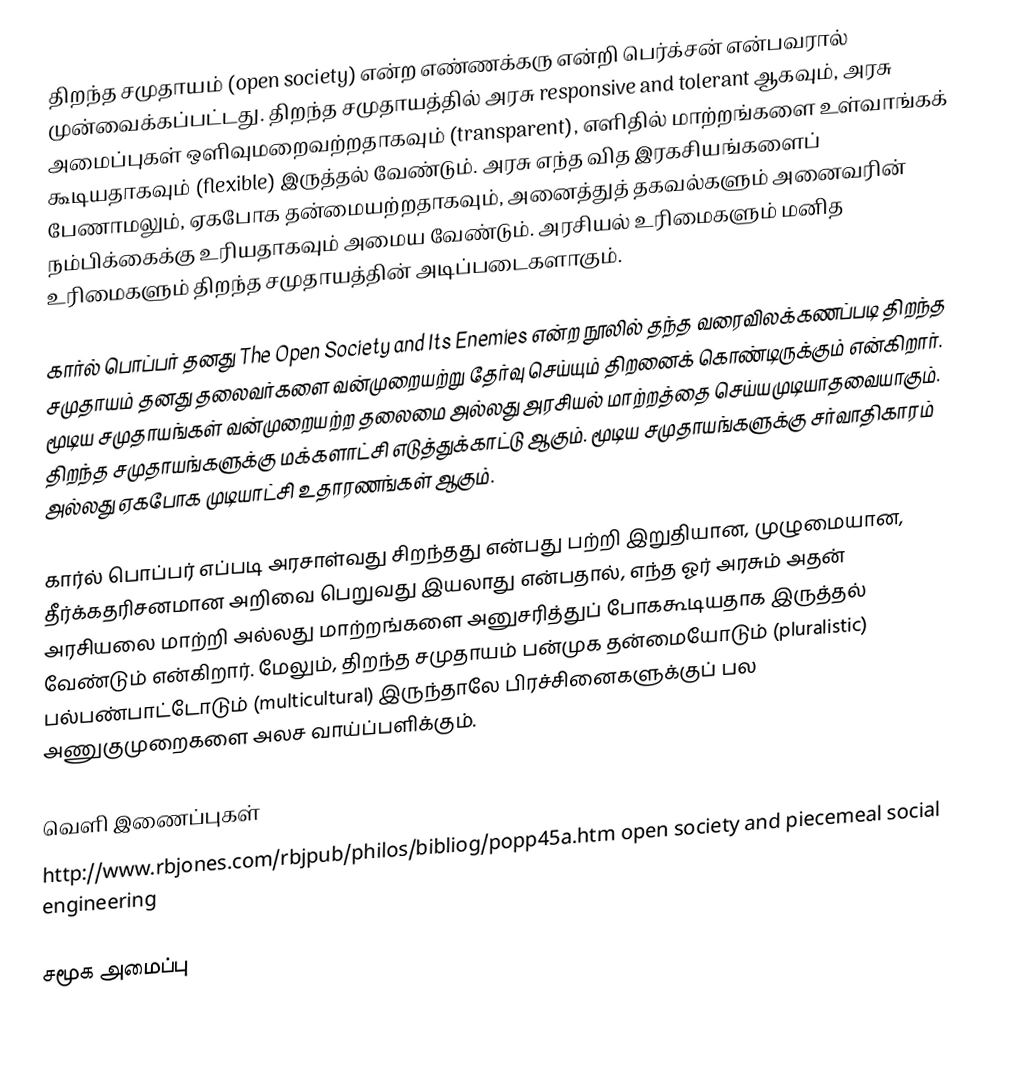
திறந்த சமுதாயம் (open society) என்ற எண்ணக்கரு என்றி பெர்க்சன் என்பவரால் முன்வைக்கப்பட்டது. திறந்த சமுதாயத்தில் அரசு responsive and tolerant ஆகவும், அரசு அமைப்புகள் ஒளிவுமறைவற்றதாகவும் (transparent), எளிதில் மாற்றங்களை உள்வாங்கக் கூடியதாகவும் (flexible) இருத்தல் வேண்டும். அரசு எந்த வித இரகசியங்களைப் பேணாமலும், ஏகபோக தன்மையற்றதாகவும், அனைத்துத் தகவல்களும் அனைவரின் நம்பிக்கைக்கு உரியதாகவும் அமைய வேண்டும். அரசியல் உரிமைகளும் மனித உரிமைகளும் திறந்த சமுதாயத்தின் அடிப்படைகளாகும்.

கார்ல் பொப்பர் தனது The Open Society and Its Enemies என்ற நூலில் தந்த வரைவிலக்கணப்படி திறந்த சமுதாயம் தனது தலைவர்களை வன்முறையற்று தேர்வு செய்யும் திறனைக் கொண்டிருக்கும் என்கிறார். மூடிய சமுதாயங்கள் வன்முறையற்ற தலைமை அல்லது அரசியல் மாற்றத்தை செய்யமுடியாதவையாகும். திறந்த சமுதாயங்களுக்கு மக்களாட்சி எடுத்துக்காட்டு ஆகும். மூடிய சமுதாயங்களுக்கு சர்வாதிகாரம் அல்லது ஏகபோக முடியாட்சி உதாரணங்கள் ஆகும்.

கார்ல் பொப்பர் எப்படி அரசாள்வது சிறந்தது என்பது பற்றி இறுதியான, முழுமையான, தீர்க்கதரிசனமான அறிவை பெறுவது இயலாது என்பதால், எந்த ஓர் அரசும் அதன் அரசியலை மாற்றி அல்லது மாற்றங்களை அனுசரித்துப் போககூடியதாக இருத்தல் வேண்டும் என்கிறார். மேலும், திறந்த சமுதாயம் பன்முக தன்மையோடும் (pluralistic) பல்பண்பாட்டோடும் (multicultural) இருந்தாலே பிரச்சினைகளுக்குப் பல அணுகுமுறைகளை அலச வாய்ப்பளிக்கும்.

வெளி இணைப்புகள்
 http://www.rbjones.com/rbjpub/philos/bibliog/popp45a.htm open society and piecemeal social engineering

சமூக அமைப்பு